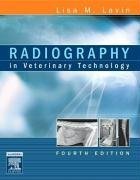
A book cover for Radiography in Veterinary Technology; Lisa M. Lavin CVT   BA  MBA; Medical Books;